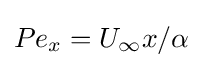
Pe_{x}=U_{\infty }x/\alpha